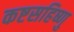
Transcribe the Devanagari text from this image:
कष्टसहिष्णु